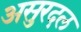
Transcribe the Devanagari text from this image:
असुरदल